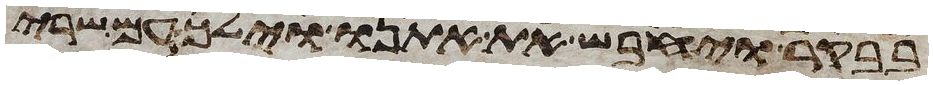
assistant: בבקר ויחבש את אתנו וילך עם שרי